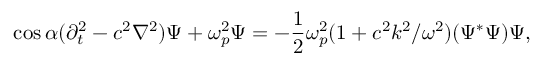
\cos \alpha ( \partial _ { t } ^ { 2 } - c ^ { 2 } \nabla ^ { 2 } ) \Psi + \omega _ { p } ^ { 2 } \Psi = - \frac 1 2 \omega _ { p } ^ { 2 } ( 1 + c ^ { 2 } k ^ { 2 } / \omega ^ { 2 } ) ( \Psi ^ { * } \Psi ) \Psi ,